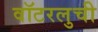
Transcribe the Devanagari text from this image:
वॉटरलुची